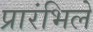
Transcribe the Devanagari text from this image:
प्रारंभिले